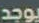
يوجد